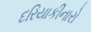
દરિયાકીનારો